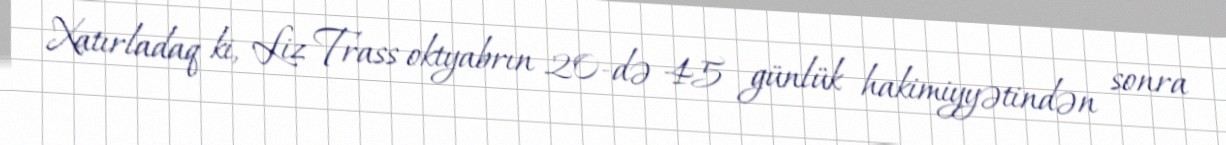
Xatırladaq ki, Liz Trass oktyabrın 20-də 45 günlük hakimiyyətindən sonra